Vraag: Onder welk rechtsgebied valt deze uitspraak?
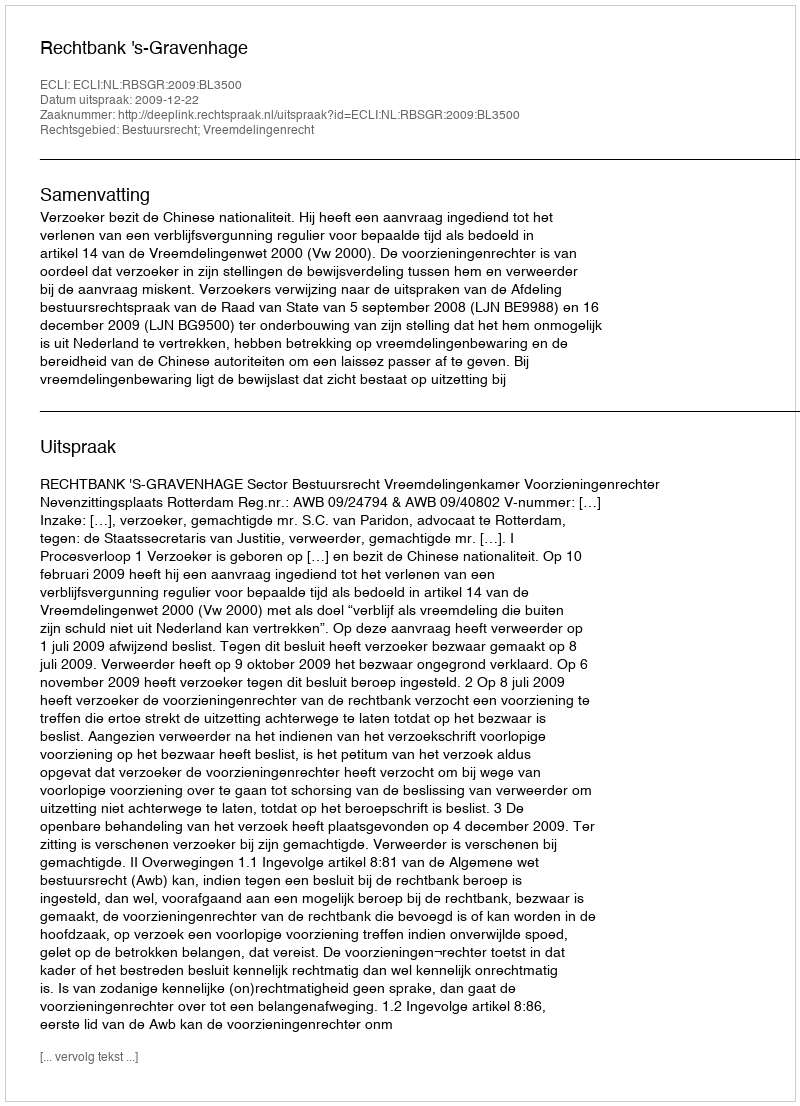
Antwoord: Bestuursrecht; Vreemdelingenrecht